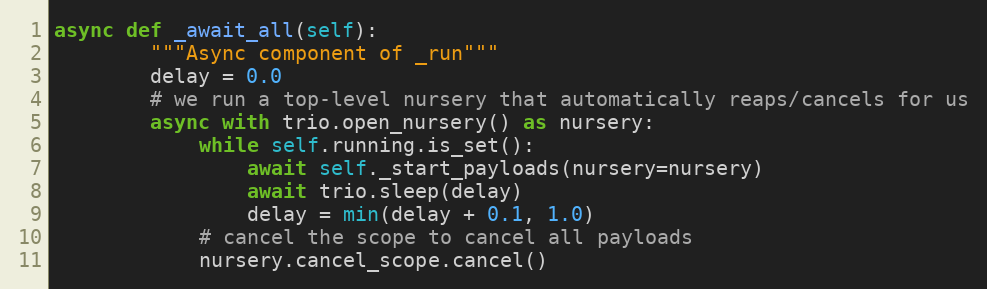
Language: Python
async def _await_all(self):
        """Async component of _run"""
        delay = 0.0
        # we run a top-level nursery that automatically reaps/cancels for us
        async with trio.open_nursery() as nursery:
            while self.running.is_set():
                await self._start_payloads(nursery=nursery)
                await trio.sleep(delay)
                delay = min(delay + 0.1, 1.0)
            # cancel the scope to cancel all payloads
            nursery.cancel_scope.cancel()